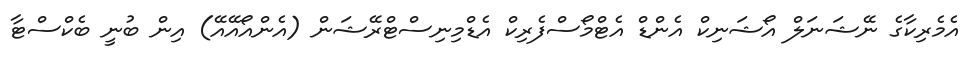
އެމެރިކާގެ ނޭޝަނަލް އޯޝަނިކް އެންޑް އެޓްމޯސްފެރިކް އެޑްމިނިސްޓްރޭޝަން (އެންއޯއޭއޭ) އިން ބުނީ ބެކްސްޓާ